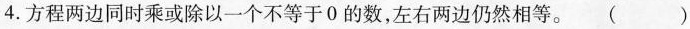
4.方程两边同时乘或除以一个不等于0的数，左右两边仍然相等。()